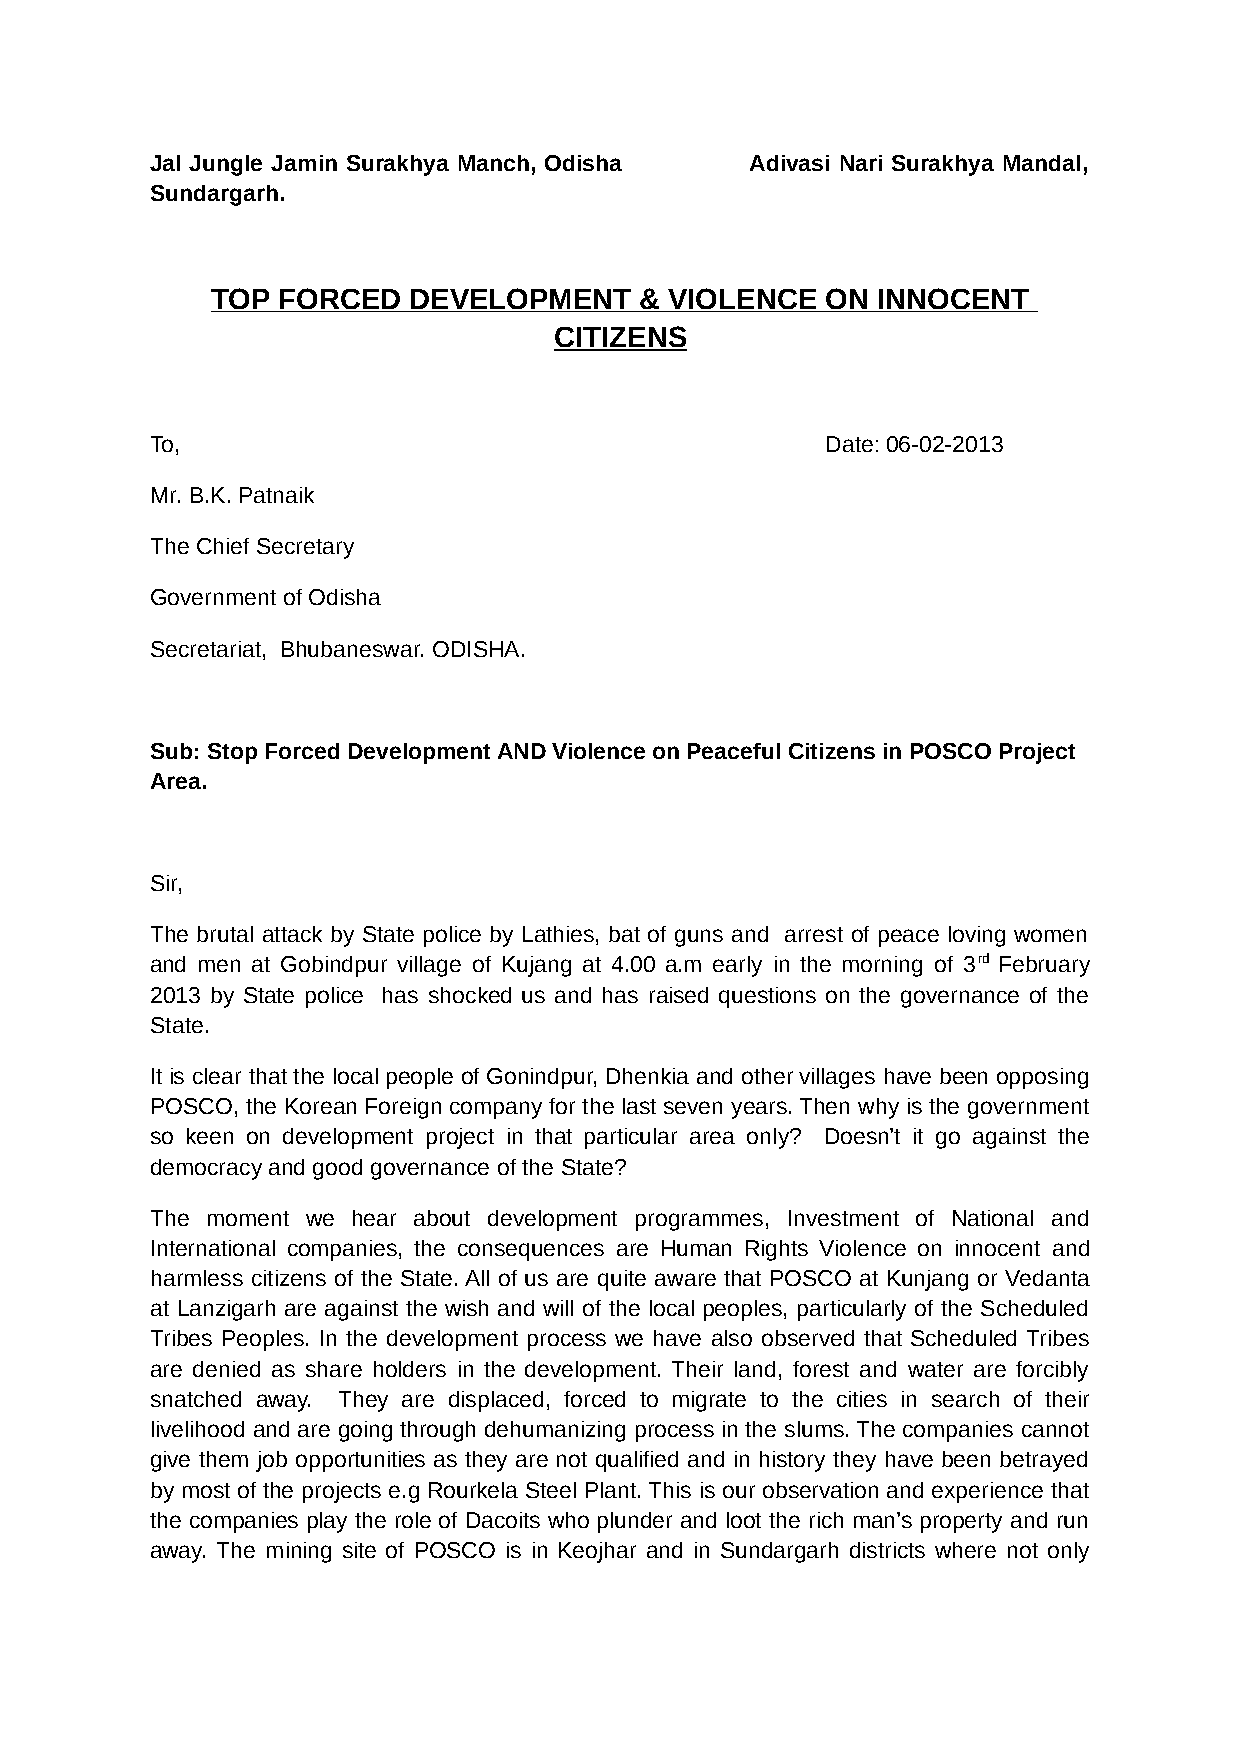
Jal Jungle Jamin Surakhya Manch, Odisha Adivasi Nari Surakhya Mandal,
 Sundargarh.
 TOP FORCED   DEVELOPMENT    & VIOLENCE   ON INNOCENT
 CITIZENS
 To,                                          Date: 06-02-2013
 Mr. B.K. Patnaik
 The Chief Secretary
 Government of Odisha
 Secretariat, Bhubaneswar. ODISHA.
 Sub: Stop Forced Development AND Violence on Peaceful Citizens in POSCO Project
 Area.
 Sir,
 The brutal attack by State police by Lathies, bat of guns and arrest of peace loving women
 and men at Gobindpur village of Kujang at 4.00 a.m early in the morning of 3rd February
 2013 by State police has shocked us and has raised questions on the governance of the
 State.
 It is clear that the local people of Gonindpur, Dhenkia and other villages have been opposing
 POSCO, the Korean Foreign company for the last seven years. Then why is the government
 so keen on development project in that particular area only? Doesn’t it go against the
 democracy and good governance of the State?
 The moment we hear about development programmes, Investment of National and
 International companies, the consequences are Human Rights Violence on innocent and
 harmless citizens of the State. All of us are quite aware that POSCO at Kunjang or Vedanta
 at Lanzigarh are against the wish and will of the local peoples, particularly of the Scheduled
 Tribes Peoples. In the development process we have also observed that Scheduled Tribes
 are denied as share holders in the development. Their land, forest and water are forcibly
 snatched away. They are displaced, forced to migrate to the cities in search of their
 livelihood and are going through dehumanizing process in the slums. The companies cannot
 give them job opportunities as they are not qualified and in history they have been betrayed
 by most of the projects e.g Rourkela Steel Plant. This is our observation and experience that
 the companies play the role of Dacoits who plunder and loot the rich man’s property and run
 away. The mining site of POSCO is in Keojhar and in Sundargarh districts where not only